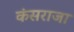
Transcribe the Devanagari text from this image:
कंसराजा